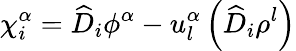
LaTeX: \chi_{i}^{\alpha}={\widehat{D}}_{i}\phi^{\alpha}-u_{l}^{\alpha}\left({\widehat{D}}_{i}\rho^{l}\right)